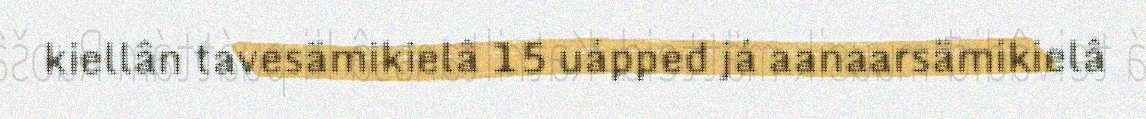
kiellân tavesämikielâ 15 uápped já aanaarsämikielâ